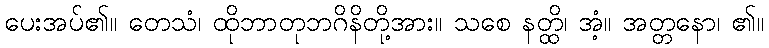
ပေးအပ်၏။ တေသံ၊ ထိုဘာတုဘဂိနိတို့အား။ သစေ နတ္ထိ၊ အံ့။ အတ္တနော၊ ၏။